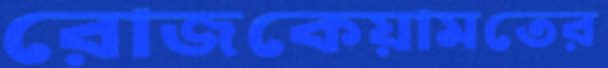
রোজকেয়ামতের